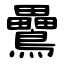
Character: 䴎